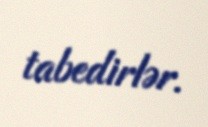
tabedirlər.